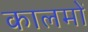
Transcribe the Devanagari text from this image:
कालमों